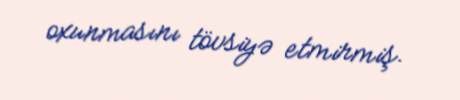
oxunmasını tövsiyə etmirmiş.